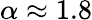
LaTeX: \alpha\approx 1.8